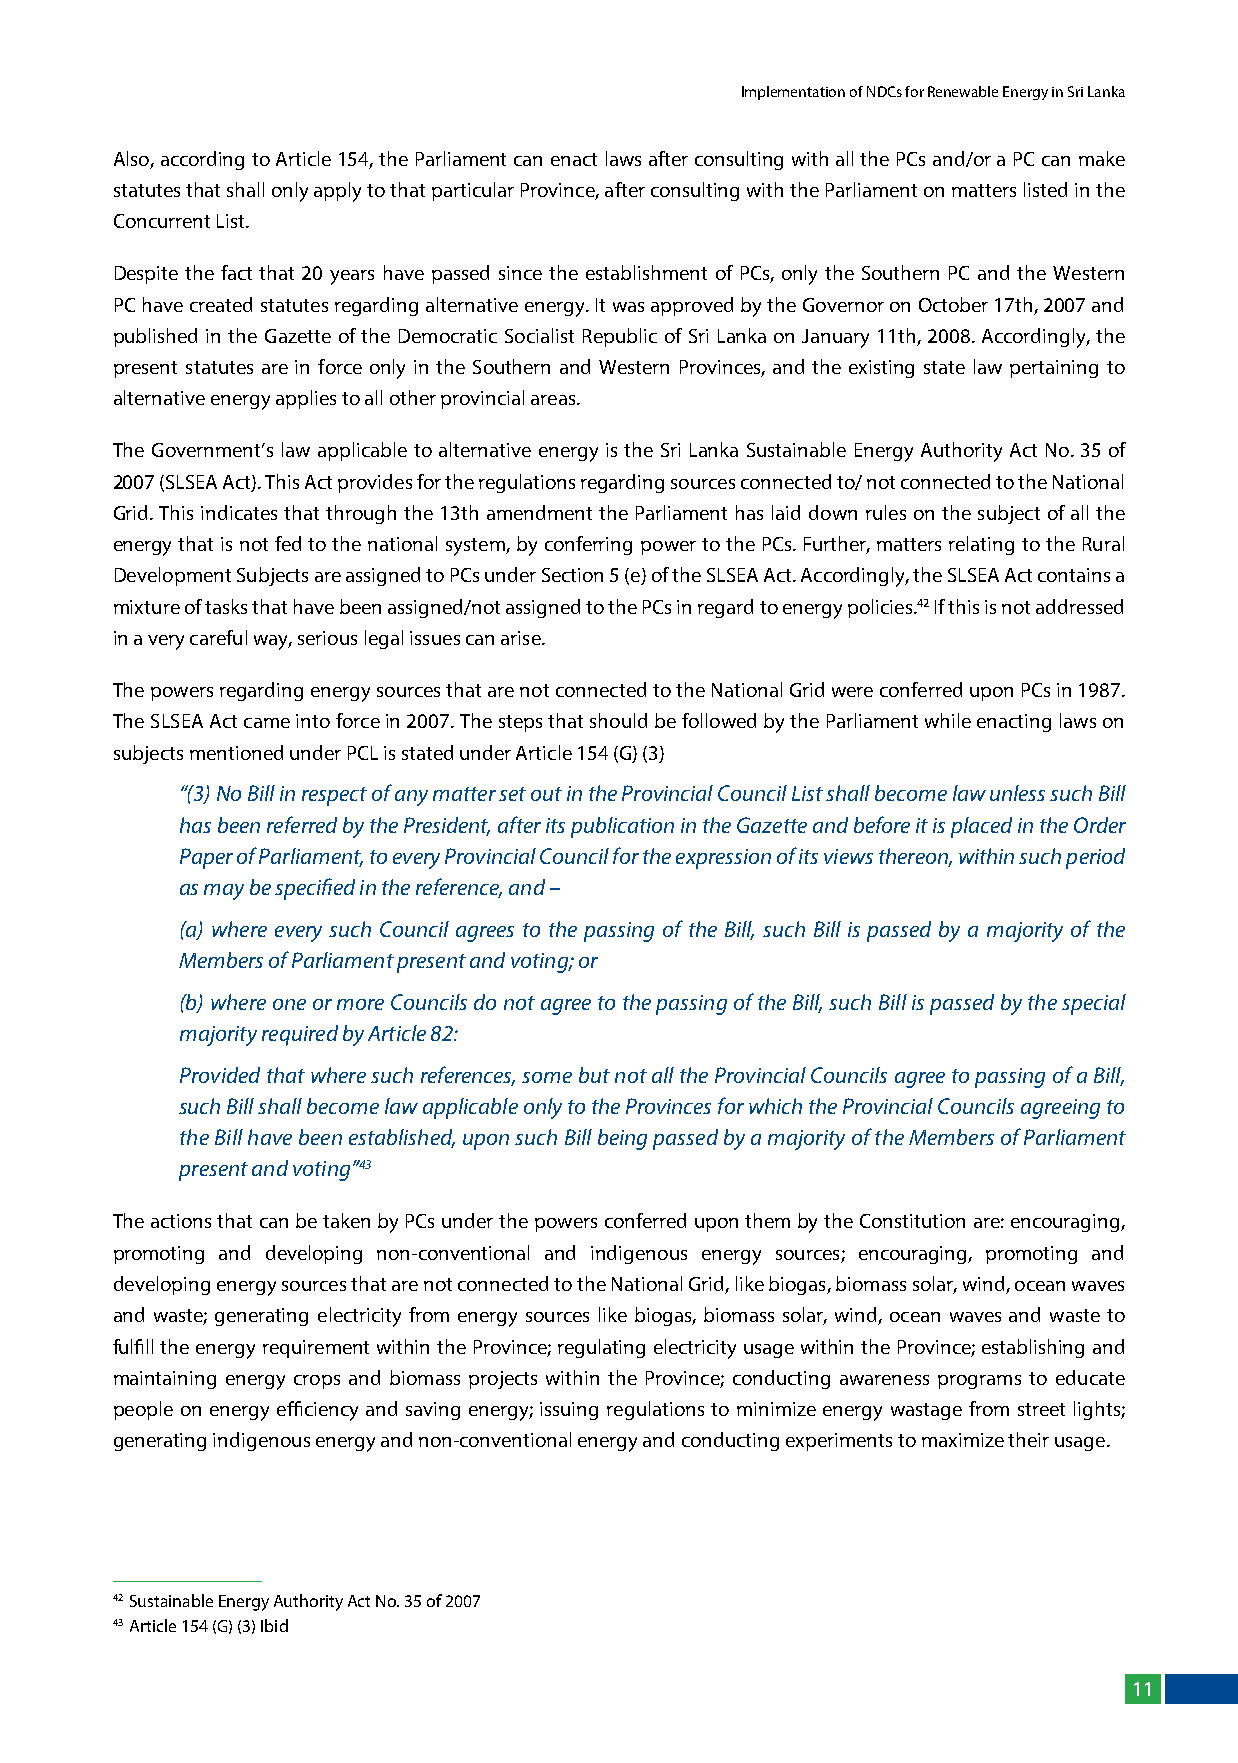
Implementation of NDCs for Renewable Energy in Sri Lanka
 Also, according to Article 154, the Parliament can enact laws after consulting with all the PCs and/or a PC can make
 statutes that shall only apply to that particular Province, after consulting with the Parliament on matters listed in the
 Concurrent list.
 Despite the fact that 20 years have passed since the establishment of PCs, only the Southern PC and the Western
 PC have created statutes regarding alternative energy. It was approved by the Governor on October 17th, 2007 and
 published in the Gazette of the Democratic Socialist Republic of Sri lanka on January 11th, 2008. Accordingly, the
 present statutes are in force only in the Southern and Western Provinces, and the existing state law pertaining to
 alternative energy applies to all other provincial areas.
 The Government’s law applicable to alternative energy is the Sri lanka Sustainable Energy Authority Act No. 35 of
 2007 (SlSEA Act). This Act provides for the regulations regarding sources connected to/ not connected to the National
 Grid. This indicates that through the 13th amendment the Parliament has laid down rules on the subject of all the
 energy that is not fed to the national system, by conferring power to the PCs. Further, matters relating to the Rural
 Development Subjects are assigned to PCs under Section 5 (e) of the SlSEA Act. Accordingly, the SlSEA Act contains a
 mixture of tasks that have been assigned/not assigned to the PCs in regard to energy policies.42 If this is not addressed
 in a very careful way, serious legal issues can arise.
 The powers regarding energy sources that are not connected to the National Grid were conferred upon PCs in 1987.
 The SlSEA Act came into force in 2007. The steps that should be followed by the Parliament while enacting laws on
 subjects mentioned under PCl is stated under Article 154 (G) (3)
 “(3) No Bill in respect of any matter set out in the Provincial Council List shall become law unless such Bill
 has been referred by the President, after its publication in the Gazette and before it is placed in the Order
 Paper of Parliament, to every Provincial Council for the expression of its views thereon, within such period
 as may be specified in the reference, and –
 (a) where every such Council agrees to the passing of the Bill, such Bill is passed by a majority of the
 Members of Parliament present and voting; or
 (b) where one or more Councils do not agree to the passing of the Bill, such Bill is passed by the special
 majority required by Article 82:
 Provided that where such references, some but not all the Provincial Councils agree to passing of a Bill,
 such Bill shall become law applicable only to the Provinces for which the Provincial Councils agreeing to
 the Bill have been established, upon such Bill being passed by a majority of the Members of Parliament
 present and voting”43
 The actions that can be taken by PCs under the powers conferred upon them by the Constitution are: encouraging,
 promoting and developing non-conventional and indigenous energy sources; encouraging, promoting and
 developing energy sources that are not connected to the National Grid, like biogas, biomass solar, wind, ocean waves
 and waste; generating electricity from energy sources like biogas, biomass solar, wind, ocean waves and waste to
 fulfill the energy requirement within the Province; regulating electricity usage within the Province; establishing and
 maintaining energy crops and biomass projects within the Province; conducting awareness programs to educate
 people on energy efficiency and saving energy; issuing regulations to minimize energy wastage from street lights;
 generating indigenous energy and non-conventional energy and conducting experiments to maximize their usage.
 42 Sustainable Energy Authority Act No. 35 of 2007
 43 Article 154 (G) (3) Ibid
 11